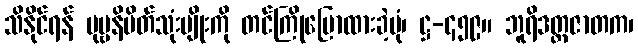
သိနိုင်ရန် ပုဗ္ဗနိမိတ်သုံးမျိုးကို တင်ကြိုပြောထားခဲ့ပုံ၊ ဋ္ဌ-၄၅၉။ ဘူရိဒတ္တဇာတက၊